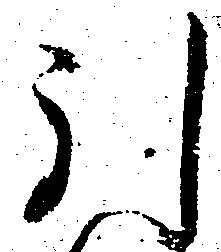
引